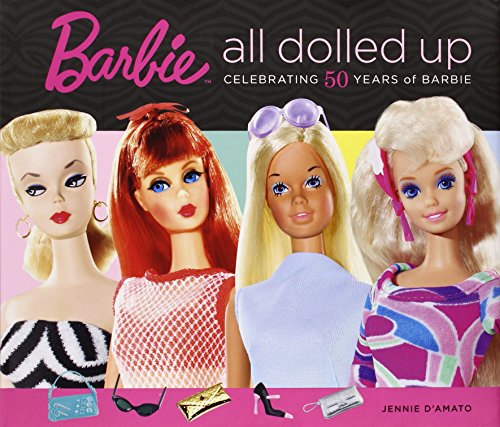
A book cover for Barbie: All Dolled Up: Celebrating 50 Years of Barbie; D'Amato Jennie; Crafts, Hobbies & Home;